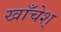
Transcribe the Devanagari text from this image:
खाँचेश्